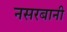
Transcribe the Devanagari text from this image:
नसरबानी